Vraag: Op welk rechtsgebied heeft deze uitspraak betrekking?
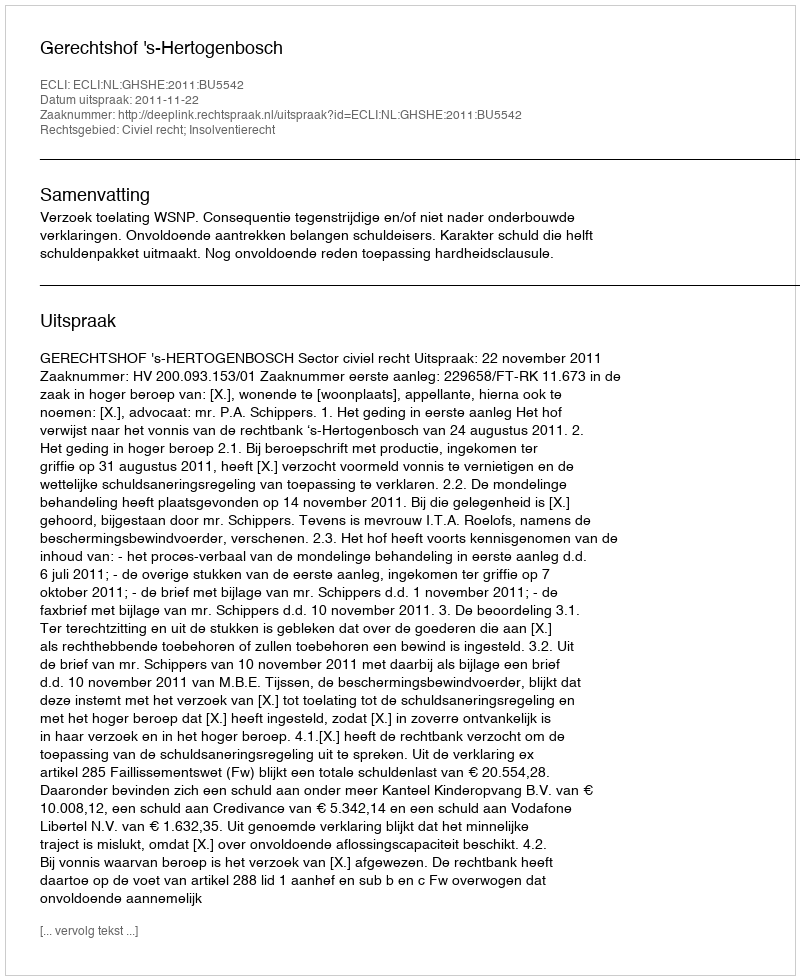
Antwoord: Civiel recht; Insolventierecht